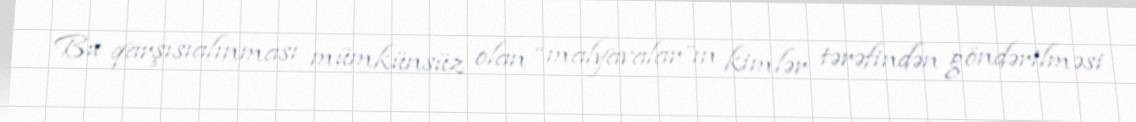
Bu qarşısıalınması mümkünsüz olan “malyavalar”ın kimlər tərəfindən göndərilməsi